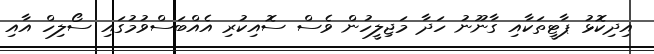
އިދިކޮޅު ޕާޓީތަކާއި ގާނޫނު ހަދާ މަޖިލީހުން ވެސް ސޮއިކުރި އެއްބަސްވުމުގައި ސޯލިހް އާއި